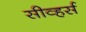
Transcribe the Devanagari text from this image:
सीव्हर्स